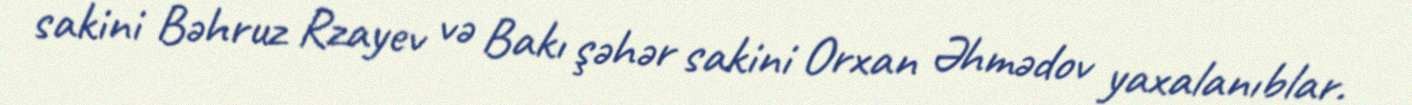
sakini Bəhruz Rzayev və Bakı şəhər sakini Orxan Əhmədov yaxalanıblar.